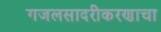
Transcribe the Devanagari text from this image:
गजलसादरीकरणाचा